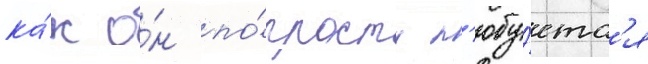
ка́к о́н по́просту л'юбу́етс'я